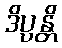
ဒိပ္ပန္တိ